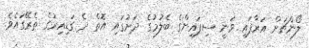
ލޯންޗަށް އަރާފައި ވަނީ ސިފައިންގެ ބެލުމުގެ ދަށުގައި އޮތް ދެ ގަޑިއިރުގެ ތެރޭގައެވެ.